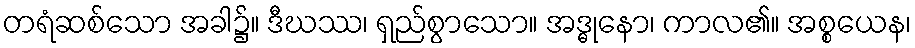
တရံဆစ်သော အခါ၌။ ဒီဃဿ၊ ရှည်စွာသော။ အဒ္ဓုနော၊ ကာလ၏။ အစ္စယေန၊